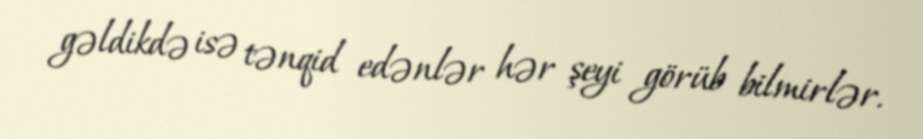
gəldikdə isə tənqid edənlər hər şeyi görüb bilmirlər.